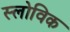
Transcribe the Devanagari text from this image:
स्लोविक